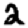
Digit: 2